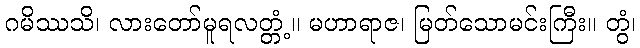
ဂမိဿသိ၊ လားတော်မူရလတ္တံ့။ မဟာရာဇ၊ မြတ်သောမင်းကြီး။ တွံ၊